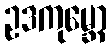
ဥဒကုမ္ဘော